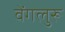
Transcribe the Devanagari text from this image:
वेंगलुरू